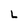
Character: L